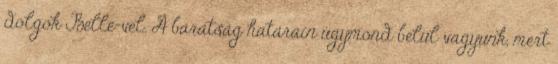
dolgok Belle-vel. A barátság határain úgymond belül vagyunk, mert